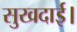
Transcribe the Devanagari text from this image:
सुखदाई।